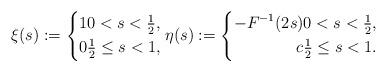
LaTeX: \begin{align*}\xi(s):=\left\{\begin{aligned}1&0<s<\tfrac12, \\ 0&\tfrac12\le s<1, \\ \end{aligned}\right.\eta(s):=\left\{\begin{alignedat}{2}-F^{-1}(2s)&&&0<s<\tfrac12, \\ c&&&\tfrac12\le s<1. \end{alignedat}\right.\end{align*}